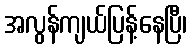
အလွန်ကျယ်ပြန့်နေပြီ၊